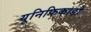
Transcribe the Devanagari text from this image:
यूनिफिकाडो